Report on the working of the Ranchi Indian Mental Hospital, Kanke, in Bihar and Orissa - 1930-1940
Year: 1930
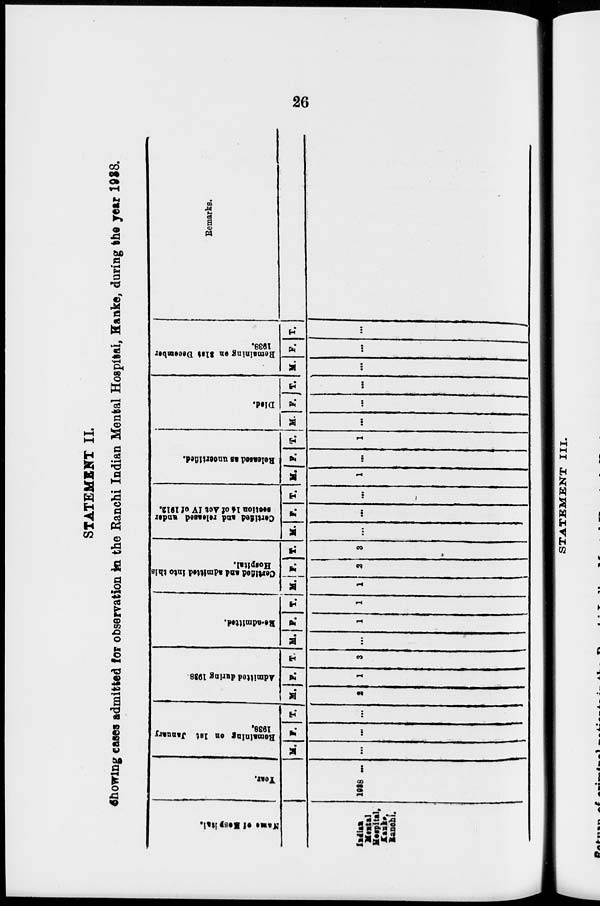
26
STATEMENT II.
Showing cases admitted for observation in the Ranchi Indian Mental Hospital, Kanke, during the year 1938.
Name of Hospital.
Indian
Mental
Hospital,
kanke,
Ranchi.
Year.
1938 ...
Remaining on 1st January
1938.
M.
...
F.
...
T.
...
Admitted during 1938.
M.
2
F.
1
T.
3
Re-admitted.
M.
...
F.
1
T.
1
Certified and admitted into this
Hospital.
M.
1
F.
2
T.
3
Certified and released under
section
14 of Act IV of 1912.
M.
...
F.
...
T.
...
Released
at uncertified.
M.
1
F.
...
T.
1
Died.
M.
...
F.
... T.
...
Remaining on 31st December
1938.
M.
...
F.
...
T.
...
Remarks.